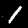
Digit: 1